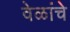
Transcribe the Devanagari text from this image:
वेळांचे